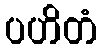
ပဟိတံ